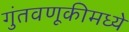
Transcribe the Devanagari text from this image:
गुंतवणूकीमध्ये